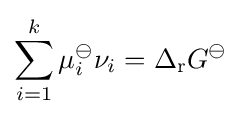
\sum _{i=1}^{k}\mu _{i}^{\ominus }\nu _{i}=\Delta _{\mathrm {r} }G^{\ominus }